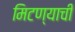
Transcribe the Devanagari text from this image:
मिटण्याची